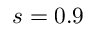
s = 0 . 9